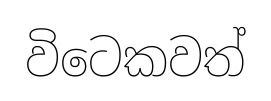
විටෙකවත්